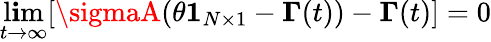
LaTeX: \operatorname*{l\mathbf{i}m}_{t\to\infty}[\sigmaA(\theta\boldsymbol{1}_{N\times1}-\boldsymbol{\Gamma}(t))-\boldsymbol{\Gamma}(t)]=0